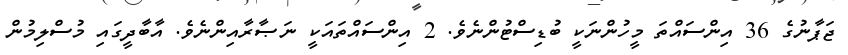
ޖަޕާނުގެ 36 އިންސައްތަ މީހުންނަކީ ބުޑިސްޓުންނެވެ. 2 އިންސައްތައަކީ ނަޞާރާއިންނެވެ. އާބާދީގައި މުސްލިމުން